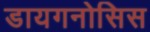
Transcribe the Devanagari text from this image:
डायगनोसिस